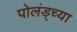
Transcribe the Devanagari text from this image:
पोलंड्च्या